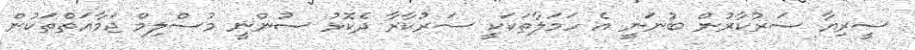
ސީރިޔާ ސަރުކާރުން ބުނަނީ އެ ހަމަލާތަކަކީ ސަރުކާރާ ދެކޮޅު ސުންނީ މުސްލިމް ޖަމާއަތްތަކުން